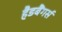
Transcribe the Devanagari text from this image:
हैडबैंगर्स